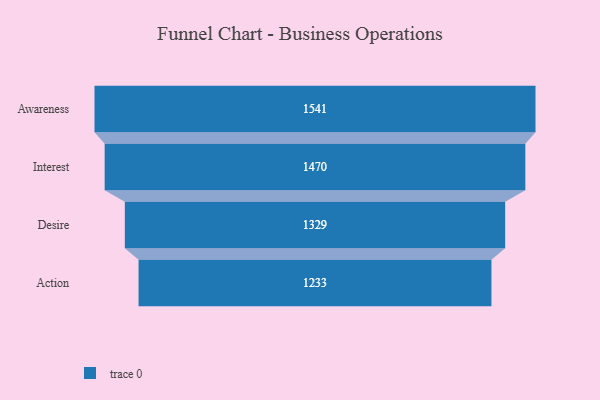
{"axis": {"x": "Stage", "y": "Value"}, "legend": [""], "data": [{"x": "Awareness", "y": 1541.0, "type": ""}, {"x": "Interest", "y": 1470.0, "type": ""}, {"x": "Desire", "y": 1329.0, "type": ""}, {"x": "Action", "y": 1233.0, "type": ""}]}